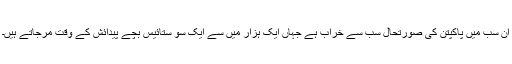
ان سب میں پاکپتن کی صورتحال سب سے خراب ہے جہاں ایک ہزار میں سے ایک سو ستائیس بچے پیدائش کے وقت مرجاتے ہیں۔